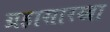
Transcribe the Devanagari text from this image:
ग्रहासारखा